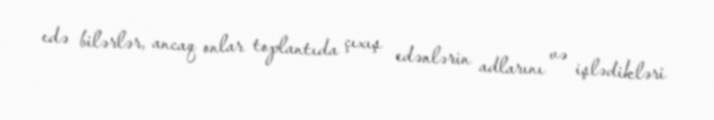
edə bilərlər, ancaq onlar toplantıda çıxış edənlərin adlarını və işlədikləri